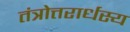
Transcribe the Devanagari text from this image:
तंत्रोत्तरार्धस्य